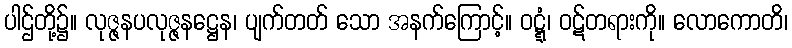
ပါဌ်တို့၌။ လုဇ္ဇနပလုဇ္ဇနဋ္ဌေန၊ ပျက်တတ် သော အနက်ကြောင့်။ ဝဋ္ဋံ၊ ဝဋ်တရားကို။ လောကောတိ၊